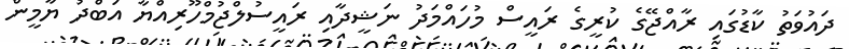
ދައުވަތު ކާޑުގައި ރާއްޖޭގެ ކުރީގެ ރައީސް މުހައްމަދު ނަޝީދާއި ރައީސުލްޖުމްހޫރިއްޔާ އަބްދު ޔާމީން